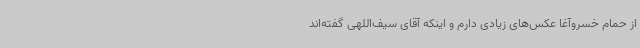
از حمام خسروآغا عکس‌های زیادی دارم و اینکه آقای سیف‌اللهی گفته‌اند